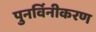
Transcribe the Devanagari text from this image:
पुनर्विनीकरण